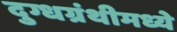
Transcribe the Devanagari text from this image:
दुग्धग्रंथीमध्ये